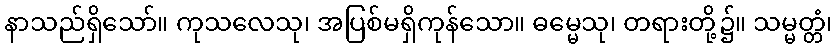
နာသည်ရှိသော်။ ကုသလေသု၊ အပြစ်မရှိကုန်သော။ ဓမ္မေသု၊ တရားတို့၌။ သမ္မတ္တံ၊